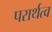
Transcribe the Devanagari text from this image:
परार्थत्व